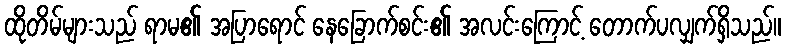
ထိုတိမ်များသည် ရာမ၏ အပြာရောင် နေခြောက်စင်း၏ အလင်းကြောင့် တောက်ပလျှက်ရှိသည်။